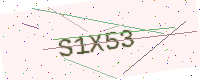
Text: S1X53